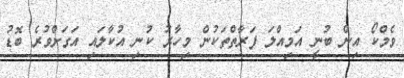
ވެމްކޯ އިން ބުނީ އަމިއްލަ ފަރާތްތަކުން މިހާރު ކުނި އުކާލައި އަގަށްވުރެ ބޮޑު